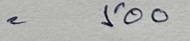
= 500